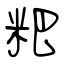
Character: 粑